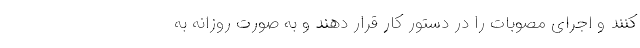
کنند و اجرای مصوبات را در دستور کار قرار دهند و به صورت روزانه به